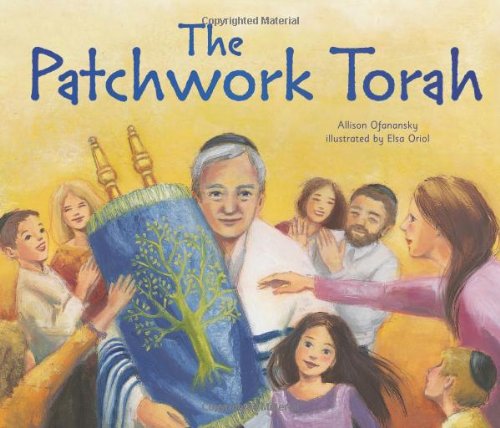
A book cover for The Patchwork Torah (Sukkot & Simchat Torah); Allison Ofanansky; Children's Books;